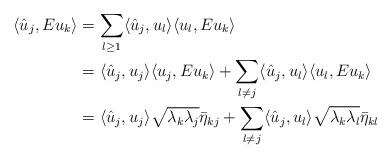
LaTeX: \begin{align*}\langle \hat u_j,Eu_k\rangle&=\sum_{l\geq 1}\langle \hat u_j,u_l\rangle\langle u_l,Eu_k\rangle\\&=\langle \hat u_j,u_j\rangle\langle u_j,Eu_k\rangle+\sum_{l\neq j}\langle \hat u_j,u_l\rangle\langle u_l,Eu_k\rangle\\&=\langle\hat u_j,u_j\rangle\sqrt{\lambda_k\lambda_j}\bar\eta_{kj}+\sum_{l\neq j}\langle\hat u_j,u_l\rangle\sqrt{\lambda_k\lambda_l}\bar\eta_{kl}\end{align*}